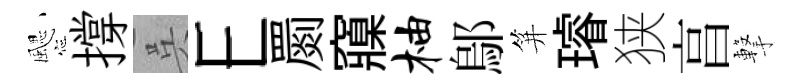
颸撐呉E罽䆿柚鄔笄璿狭亯撃